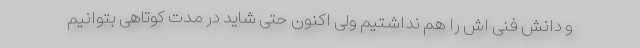
و دانش فنی اش را هم نداشتیم ولی اکنون حتی شاید در مدت کوتاهی بتوانیم